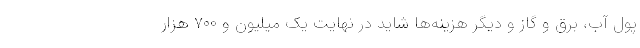
پول آب، برق و گاز و دیگر هزینه‌ها شاید در نهایت یک میلیون و ۷۰۰ هزار